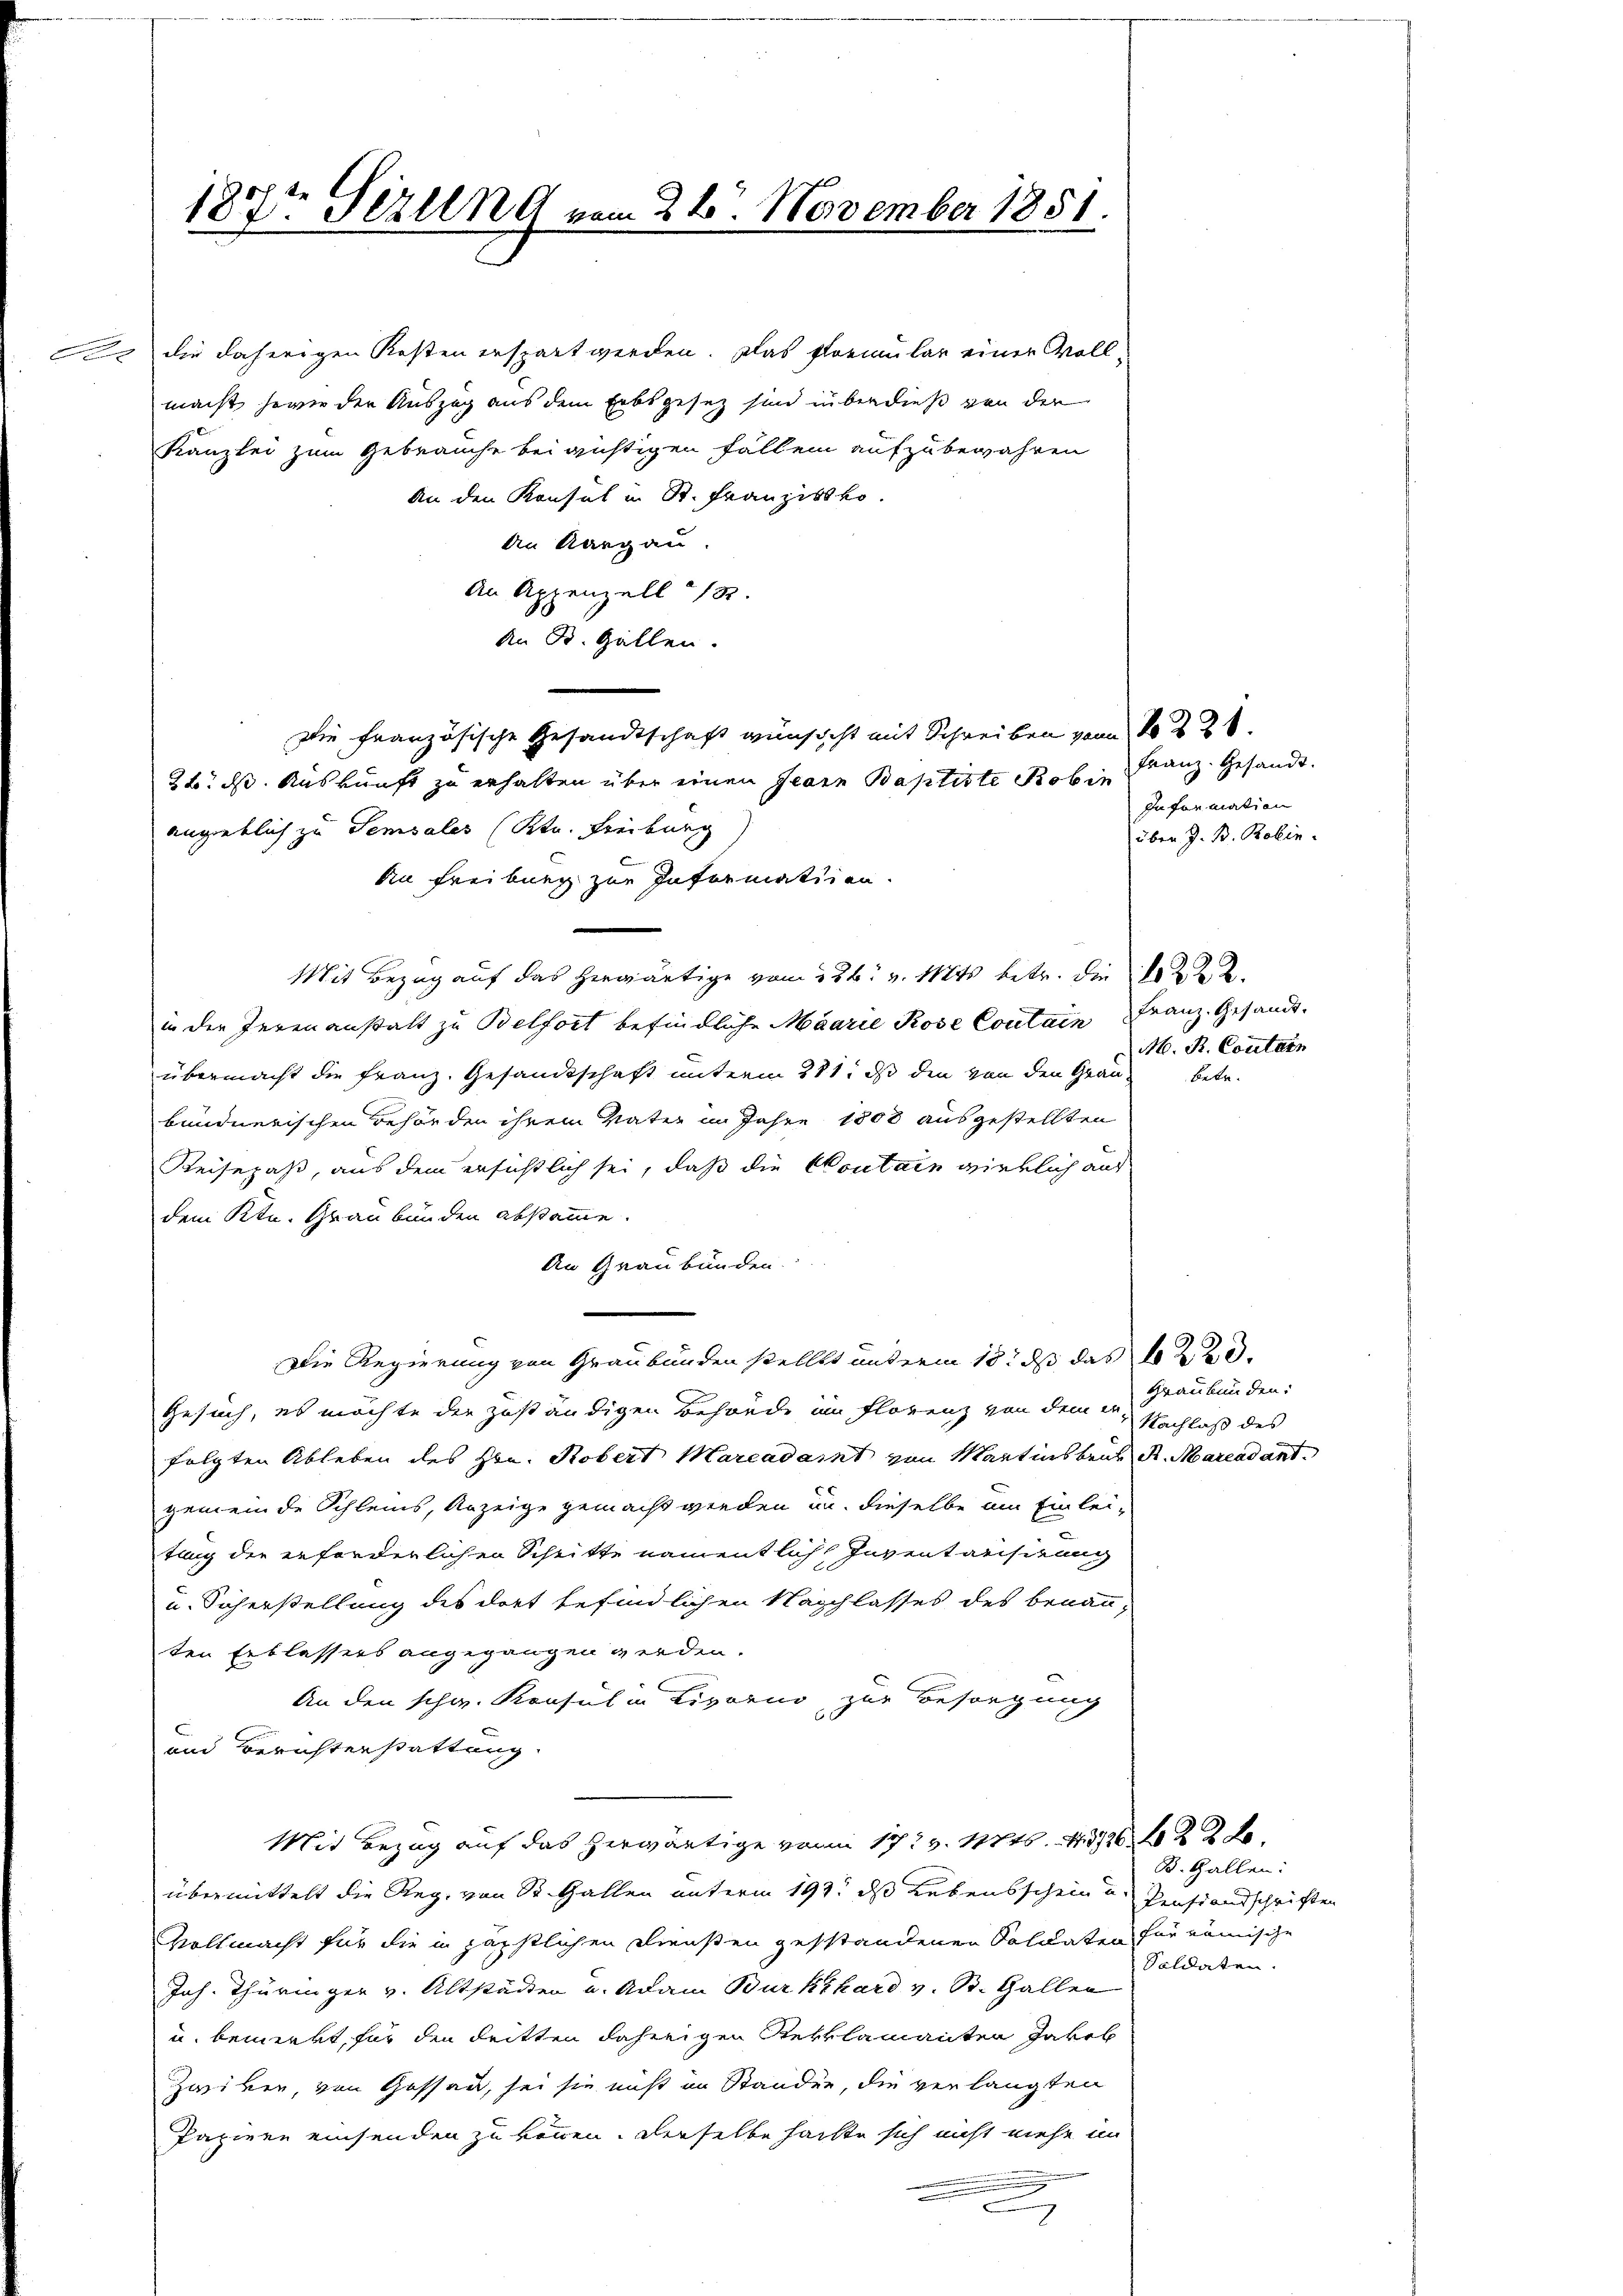
187t Sezung vom 24. November 1851.

Kanzlei zum Gebrauche bei richtigen Fallen aufzubewahren
An den Konsul in St. Franzisko.
An Aargau.
An Appenzell 18
An R. Gallen.
Die französische Gesandtschaft wünscht mit Schreiben von 122
26. ds. Auskunft zu erhalten über einen Herrn Baptiste Robin
angeblich zu Semsales (Str. Freiburg
Ain Freiburg zur Informatiien.
Mit Bezug auf das herwärtige vom 226. v. 11845 betr. die 22.
in der Jerenanstalt zu Belfort befindliche Maarie Rose Coutain Franz. Gesandt
übermacht die Franz. Gesandtschaft unterm 281. ds den von den Grau-
bundnerischen Behörden ihrem Vater in Jahre 1808 ausgestellten
Reisepaß, aus dem ersichtlich sei, daß die Kontain wirklich aus
dem Ktn. Graubünden abstamme.
An Graubünden.
Die Regierung von Graubünden stellt unterm 18. dß das 1220.
Gesuch, es möchte der zuständigen Behörde im Florenz von dem erfolgten Ableben des Hrn. Robert Marcadast von Martinsbruk d. Marcadant.
gemeinde Schleins, Anzeige gemacht werden und dieselbe am Einleitung die erforderlichen Schritte namentlich Inventarisirung
u. Sicherstellung des dort befindlichen Naschlasses des benanten Erblassers angegangen werden.
An den schw. Konsul in Livorno zur Besorgung
und Berichtenstattung.
Mit Bezug auf das herwärtige vom 17 t v. Mts. 14312 f 22 x
übermittelt die Reg. von St. Gallen unterm 193. ds Lebensschein und Penstandschriften
Vollmacht für die in päpstlichen Diensten gestandenen Soldaten für römische
Joh. Thüringer v. Altstädten u. Adam Burkhard v. St. Gallen
u. bemerkt, für den Reitten daherigen Reklamanten Jakob
Zwiken, von Gossau, sei sie nicht im Standen, die verlangten
Papiere einsenden zu können. Derselbe hatte sich nicht viehe im
c

o die daherigen Kosten erspart werden. Das formular einer Vollmacht, sowie der Auszug aus dem Erbsgesetz sind überdieß von der

Franz. Gesandt.
Information
über J. B. Robin.

M. R. Contain
Betr.

Graubünden:
Nachlaß des

B. Gallen:
Soldaten.